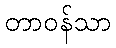
တာဝန်သာ